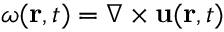
{ \boldsymbol \omega } ( { \bf r } , t ) = \nabla \times { \bf u } ( { \bf r } , t )